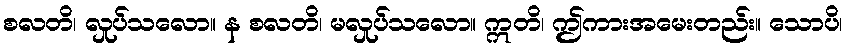
စလတိ၊ လှုပ်သလော။ န စလတိ၊ မလှုပ်သလော။ ဣတိ၊ ဤကားအမေးတည်း။ သောပိ၊